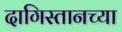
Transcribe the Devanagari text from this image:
दागिस्तानच्या